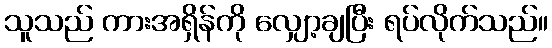
သူသည် ကားအရှိန်ကို လျှော့ချပြီး ရပ်လိုက်သည်။